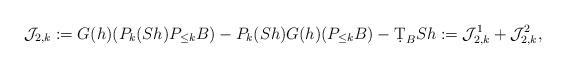
LaTeX: \begin{align*}\mathcal{J}_{2,k}:= G(h)(P_{k}(S h) P_{\leq k} B) - P_{k}(S h) G(h)(P_{\leq k}B) - \d T_B S h := \mathcal{J}_{2,k}^1 + \mathcal{J}_{2,k}^2,\end{align*}